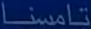
تامسنا